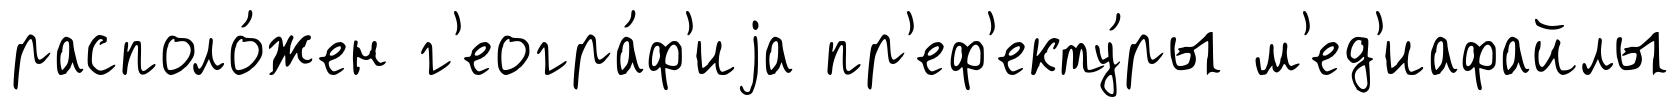
располо́жен г'еогра́ф'иjа пр'еф'екту́ры м'ед'иафайлы